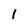
Character: 1